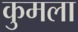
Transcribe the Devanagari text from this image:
कुमला